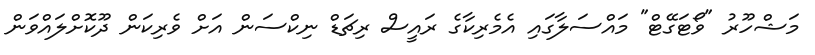
މަޝްހޫރު "ވޯޓަގޭޓް" މައްސަލާގައި އެމެރިކާގެ ރައީސް ރިޗަޑް ނިކްސަން އަށް ވެރިކަން ދޫކޮށްލައްވަން